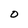
Character: O